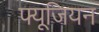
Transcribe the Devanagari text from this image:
फ्यूजियन